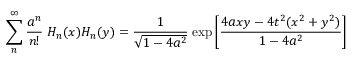
\sum _ { n } ^ { \infty } { \frac { a ^ { n } } { n ! } } \; H _ { n } ( x ) H _ { n } ( y ) = { \frac { 1 } { \sqrt { 1 - 4 a ^ { 2 } } } } \; \mathrm { e x p } \left[ { \frac { 4 a x y - 4 t ^ { 2 } ( x ^ { 2 } + y ^ { 2 } ) } { 1 - 4 a ^ { 2 } } } \right] \;